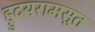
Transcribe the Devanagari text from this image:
ह्रुदयरामसुत